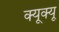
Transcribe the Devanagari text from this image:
क्यूक्यू